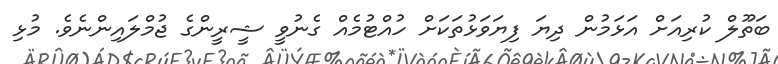
ބަތޫލް ކުރިއަށް އަޅަމުން ދިޔަ ފިޔަވަޅުތަކަށް ހުއްޓުމެއް ގެނުވީ ޝީރީންގެ ޖުމްލައިންނެވެ. މުޅި